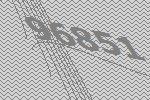
96851